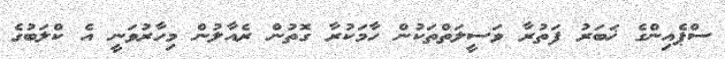
ސްޕެއިންގެ ޚަބަރު ފަތުރާ ވަސީލަތްތަކުން ހާމަކުރާ ގޮތުން ރެއާލުން މިހާރުވަނީ އެ ކްލަބުގެ